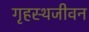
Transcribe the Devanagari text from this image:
गृहस्थजीवन